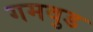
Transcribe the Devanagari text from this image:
गमवुड